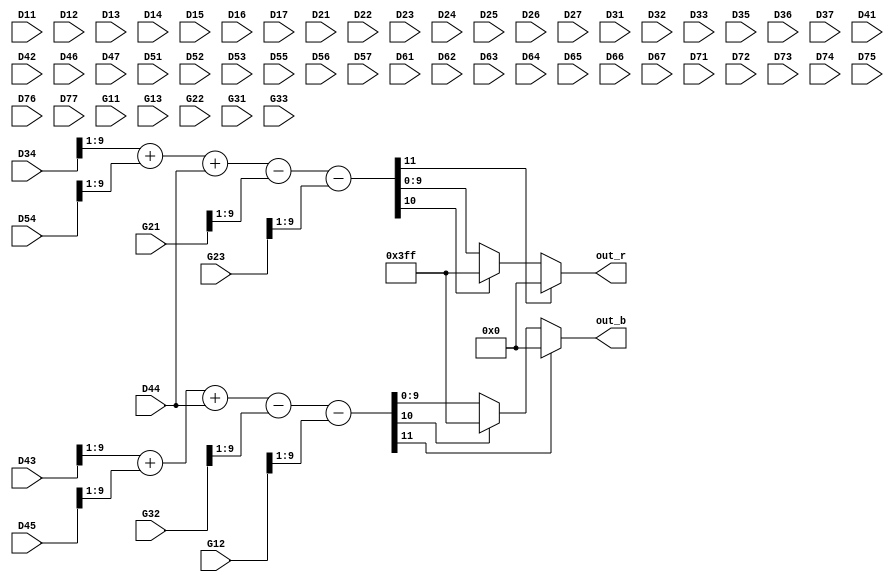
module RB_at_G_Hamilton_piplined (
    input [9:0] D11,D12,D13,D14,D15,D16,D17,
    input [9:0] D21,D22,D23,D24,D25,D26,D27,
    input [9:0] D31,D32,D33,D34,D35,D36,D37,
    input [9:0] D41,D42,D43,D44,D45,D46,D47,
    input [9:0] D51,D52,D53,D54,D55,D56,D57,
    input [9:0] D61,D62,D63,D64,D65,D66,D67,
    input [9:0] D71,D72,D73,D74,D75,D76,D77,
    
    input [9:0] G11,G12,G13, 
    input [9:0] G21,G22,G23, 
    input [9:0] G31,G32,G33, 
    // output [9:0] G13,G23,G33,
    output [9:0] out_r, 
    output [9:0] out_b
);


wire [9:0] g_i_m1_j;
wire [9:0] g_i_p1_j;
wire [9:0] g_i_j_m1;
wire [9:0] g_i_j_p1;

assign g_i_m1_j = G32;
assign g_i_p1_j = G12;
assign g_i_j_m1 = G21;
assign g_i_j_p1 = G23;

// assign G13=D35;
// assign G23=g_i_j_p1;
// assign G33=D55;
/*
G_at_RB_Hamilton G_i_m1_j(
.D22(D12),.D23(D13),.D24(D14),.D25(D15),.D26(D16),
.D32(D22),.D33(D23),.D34(D24),.D35(D25),.D36(D26),
.D42(D32),.D43(D33),.D44(D34),.D45(D35),.D46(D36),
.D52(D42),.D53(D43),.D54(D44),.D55(D45),.D56(D46),
.D62(D52),.D63(D53),.D64(D54),.D65(D55),.D66(D56),
.G(g_i_m1_j));
*/

/*
G_at_RB_Hamilton G_i_p1_j(
.D22(D32),.D23(D33),.D24(D34),.D25(D35),.D26(D36),
.D32(D42),.D33(D43),.D34(D44),.D35(D45),.D36(D46),
.D42(D52),.D43(D53),.D44(D54),.D45(D55),.D46(D56),
.D52(D62),.D53(D63),.D54(D64),.D55(D65),.D56(D66),
.D62(D72),.D63(D73),.D64(D74),.D65(D75),.D66(D76),
.G(g_i_p1_j)
);
*/

/*
G_at_RB_Hamilton G_i_j_m1(
.D22(D21),.D23(D22),.D24(D23),.D25(D24),.D26(D25),
.D32(D31),.D33(D32),.D34(D33),.D35(D34),.D36(D35),
.D42(D41),.D43(D42),.D44(D43),.D45(D44),.D46(D45),
.D52(D51),.D53(D52),.D54(D53),.D55(D54),.D56(D55),
.D62(D61),.D63(D62),.D64(D63),.D65(D64),.D66(D65),
.G(g_i_j_m1)
);
*/
/*
G_at_RB_Hamilton G_i_j_p1(
.D22(D23),.D23(D24),.D24(D25),.D25(D26),.D26(D27),
.D32(D33),.D33(D34),.D34(D35),.D35(D36),.D36(D37),
.D42(D43),.D43(D44),.D44(D45),.D45(D46),.D46(D47),
.D52(D53),.D53(D54),.D54(D55),.D55(D56),.D56(D57),
.D62(D63),.D63(D64),.D64(D65),.D65(D66),.D66(D67),
.G(g_i_j_p1)
);

*/




wire [11:0] r;
wire [11:0] b;

assign b = {1'b0,D43[9:1]} + {1'b0,D45[9:1]} + D44 - {1'b0, g_i_m1_j[9:1]} - {1'b0, g_i_p1_j[9:1]};
assign r = {1'b0,D34[9:1]} + {1'b0,D54[9:1]} + D44 - {1'b0, g_i_j_m1[9:1]} - {1'b0, g_i_j_p1[9:1]};

assign out_r =  r[11]?0:((r[10]) ? 10'h3FF : r[9:0]);
assign out_b =  b[11]?0:((b[10]) ? 10'h3FF : b[9:0]);




endmodule //R_at_G_in_Rrow_Bcolumn